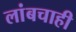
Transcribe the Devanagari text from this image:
लांबचाही